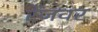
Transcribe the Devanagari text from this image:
रेंजवर